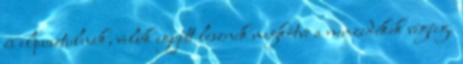
és elpusztulnak, velük együtt lesznek megkötve a nemzedékek végéig.